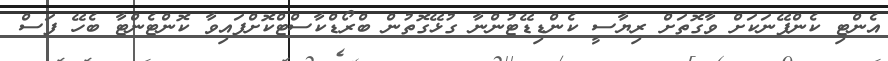
އެންޓި ކެންޕޭނަކަށް ވާގޮތަށް ރިޔާސީ ކެންޑިޑޭޓުންނާ ގުޅޭގޮތުން ބްރޯޑްކާސްޓްކޮށްފައިވާ ކޮންޓެންޓާ ބެހޭ ފަސް